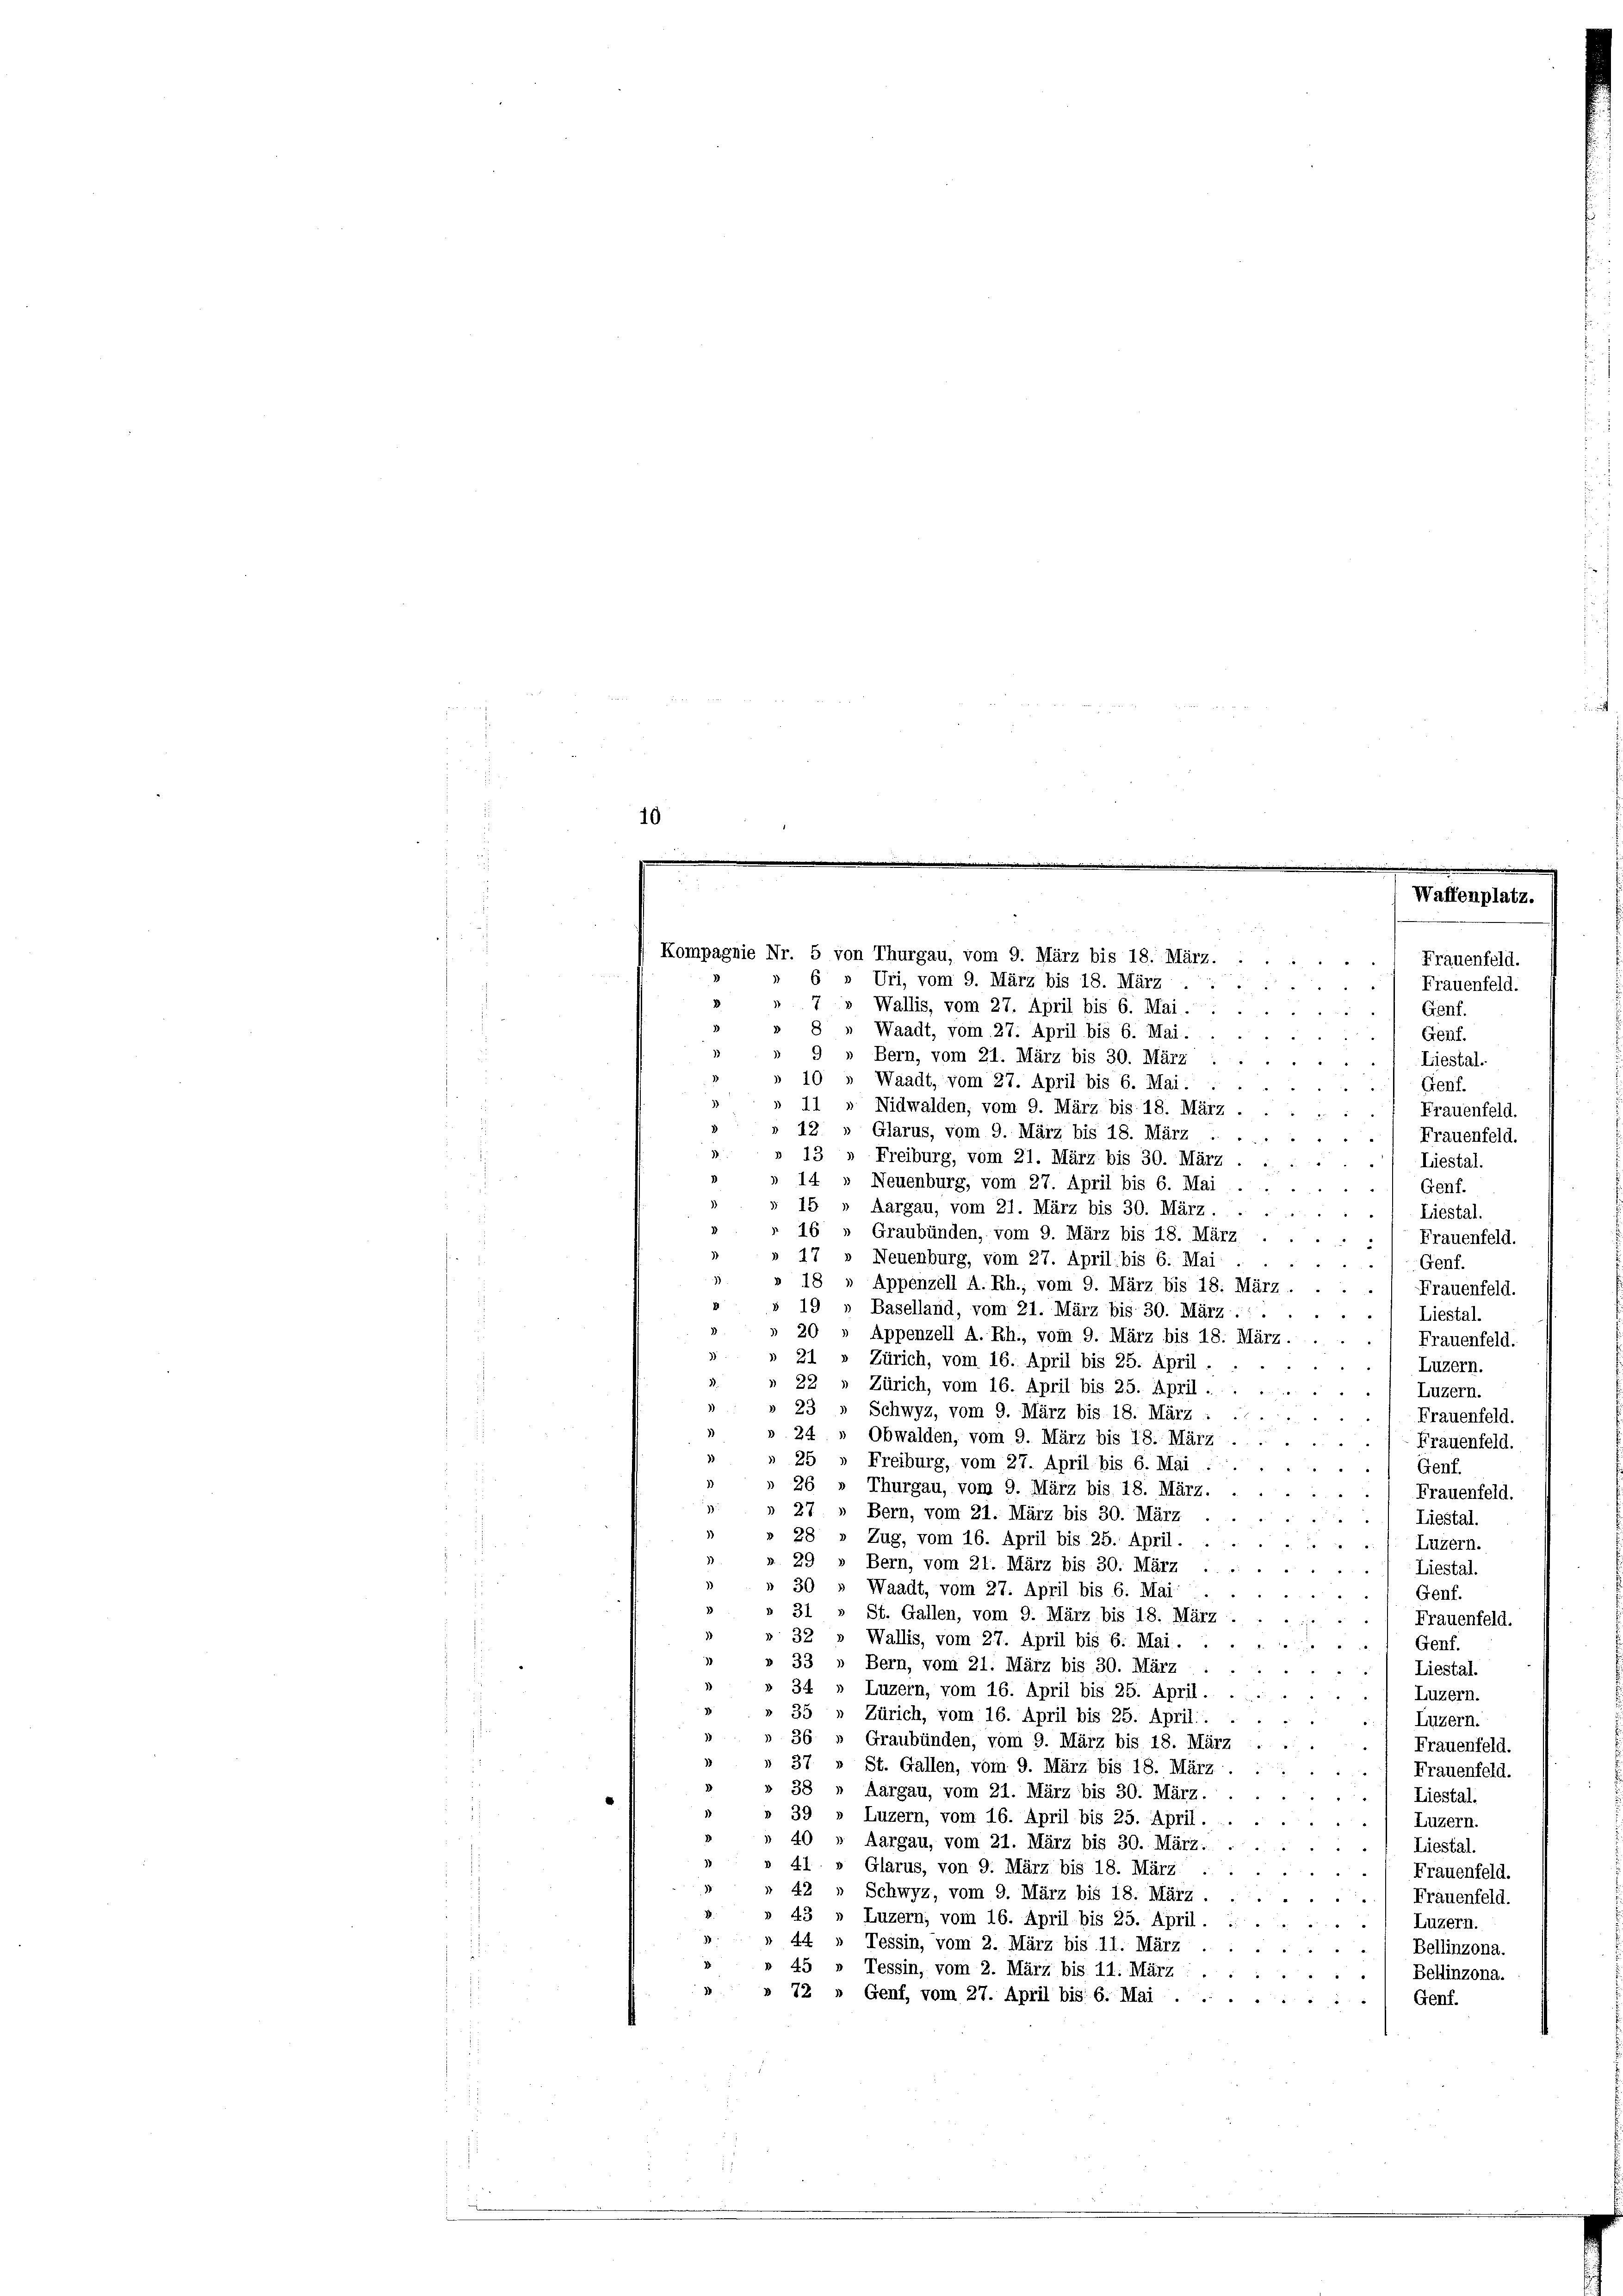
Kompagnie Nr. 5 von Thurgau, vom 9. März bis 18. März.

Waffenplatz.
Frauenfeld.
Frauenfeld.
Genf.
Genf.

6 » Uri, vom 9. März bis 18. März
7» Wallis, vom 27. April bis 6. Mai.
8
Waadt, vom 27. April bis 6. Mai.
Bern, vom 21. März bis 30. März
Liestal.
Waadt, vom 27. April bis 6. Mai.
Genf.
 Nidwalden, vom 9. März bis 18. März.
Frauenfeld.
e
i
12.
Glarus, vom 9. März bis 18. März . .
.) Frauenfeld.
13 » Freiburg, vom 21. März bis 30. März .
Liestal.
4 » Neuenburg, vom 27. April bis 6. Mai
Genf.
15
Aargau, vom 21. März bis 30. März.
Liestal.
16 „ Graubünden, vom 9. März bis 18. März
Frauenfeld.
.
17
Neuenburg, vom 27. April bis 6. Mai .
Genf.
18 „ Appenzell A.Rh., vom 9. März bis 18. März.
Frauenfeld.
4
19
Baselland, vom 21. März bis 30. März . .
Liestal.
4
20 „ Appenzell A.-Rh., vom 9. März bis 18. März.
Frauenfeld.
21 » Zürich, vom 16. April bis 25. April.
Luzern.
Zürich, vom 16. April bis 25. April.
) Luzern.
Schwyz, vom 9. März bis 18. März : ..
Frauenfeld.
4
Obwalden, vom 9. März bis 18. März -
Frauenfeld.
25 " Freiburg, vom 27. April bis 6. Mai
Genf.
26 » Thurgau, vom 9. März bis 18. März.
Frauenfeld.
27 » Bern, vom 21. März bis 30. März
Liestal.
28 » Zug, vom 16. April bis 25. April.
Luzern.
29
Bern, vom 21. März bis 30. März
Liestal.
30
Waadt, vom 27. April bis 6. Mai
Genf.
31
St. Gallen, vom 9. März bis 18. März.
Frauenfeld
32
Wallis, vom 27. April bis 6. Mai.
Genf.
33 » Bern, vom 21. März bis 30. März
Liestal.
34 » Luzern, vom 16. April bis 25. April.
Luzern.
35 » Zürich, vom 16. April bis 25. April:
Luzern.
Graubünden, vom 9. März bis 18. März
Frauenfeld.
St. Gallen, vom 9. März bis 18. März
Frauenfeld.
Aargau, vom 21. März bis 30. März.
Liestal.
39
Luzern, vom 16. April bis 25. April.
Luzern.
i
Aargau, vom 21. März bis 30. März.
Liestal.
d
Glarus, von 9. März bis 18. März
Frauenfeld.
Schwyz, vom 9. März bis 18. März.
Frauenfeld.
Luzern, vom 16. April bis 25. April.
Luzern.
1
Tessin, vom 2. März bis 11. März
Bellinzona.
45 » Tessin, vom 2. März bis 11. März : „
Bellinzona.
 72 " Genf, vom 27. April bis 6. Mai ....
Genf.